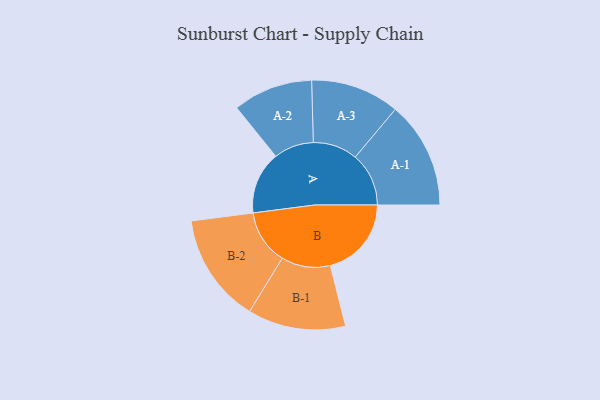
{"axis": {"x": "Segment", "y": "Value"}, "legend": ["", "A", "B"], "data": [{"x": "A", "y": 263, "type": ""}, {"x": "B", "y": 341, "type": ""}, {"x": "A-1", "y": 225, "type": "A"}, {"x": "A-2", "y": 168, "type": "A"}, {"x": "A-3", "y": 187, "type": "A"}, {"x": "B-1", "y": 206, "type": "B"}, {"x": "B-2", "y": 230, "type": "B"}]}